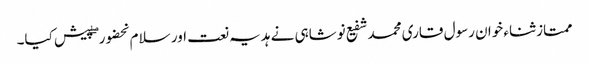
ممتاز ثناء خوان رسول قاری محمد شفیع نوشاہی نے ہدیہ نعت اور سلام بحضور ۖ پیش کیا۔